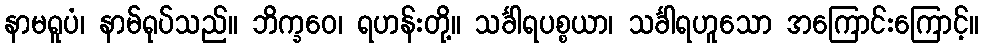
နာမရူပံ၊ နာမ်ရုပ်သည်။ ဘိက္ခဝေ၊ ရဟန်းတို့။ သင်္ခါရပစ္စယာ၊ သင်္ခါရဟူသော အကြောင်းကြောင့်။